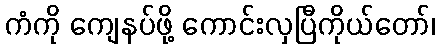
ကံကို ကျေနပ်ဖို့ ကောင်းလှပြီကိုယ်တော်၊